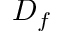
D _ { f }